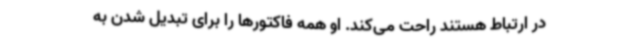
در ارتباط هستند راحت می‌کند. او همه فاکتورها را برای تبدیل شدن به